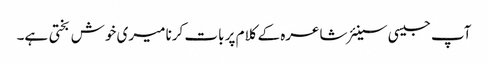
آپ جیسی سینئر شاعرہ کے کلام پر بات کرنا میری خوش بختی ہے۔